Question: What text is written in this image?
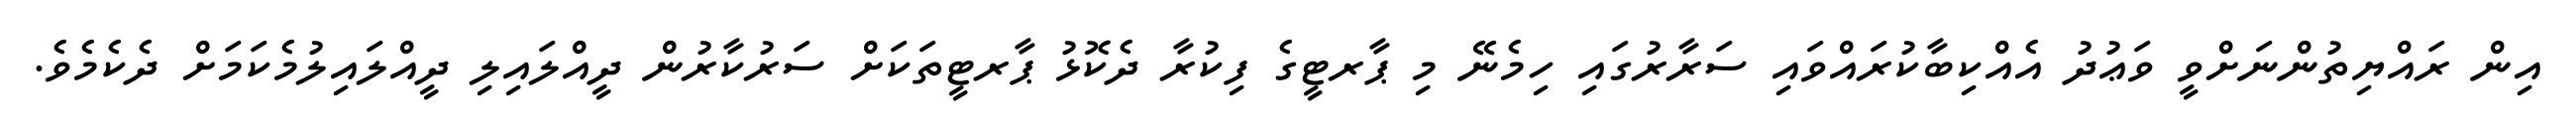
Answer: އިން ރައްޔިތުންނަށްވީ ވަޢުދު އެއްކިބާކުރައްވައި ސަރާރުގައި ހިމެނޭ މި ޕާރޓީގެ ފިކުރާ ދެކޮޅު ޕާރޓީތަކަށް ސަރުކާރުން ދީއްލައިލި ދީއްލައިލުމެކަމަށް ދެކެމެވެ.